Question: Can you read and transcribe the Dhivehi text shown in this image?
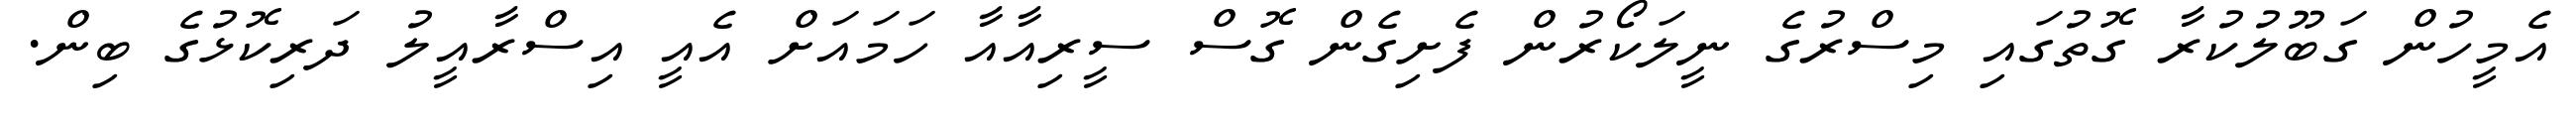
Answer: އެމީހުން ގަބޫލުކުރާ ގޮތުގައި މިސްރުގެ ނީލަކޯރުން ފެށިގެން ގޮސް ސީރިއާއާ ހަމައަށް އެއީ އިސްރާއީލު ދަރިކޮޅުގެ ބިން.